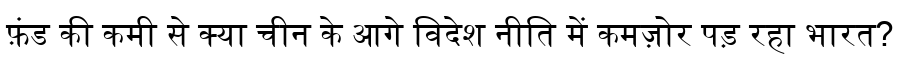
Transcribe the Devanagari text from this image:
फ़ंड की कमी से क्या चीन के आगे विदेश नीति में कमज़ोर पड़ रहा भारत?